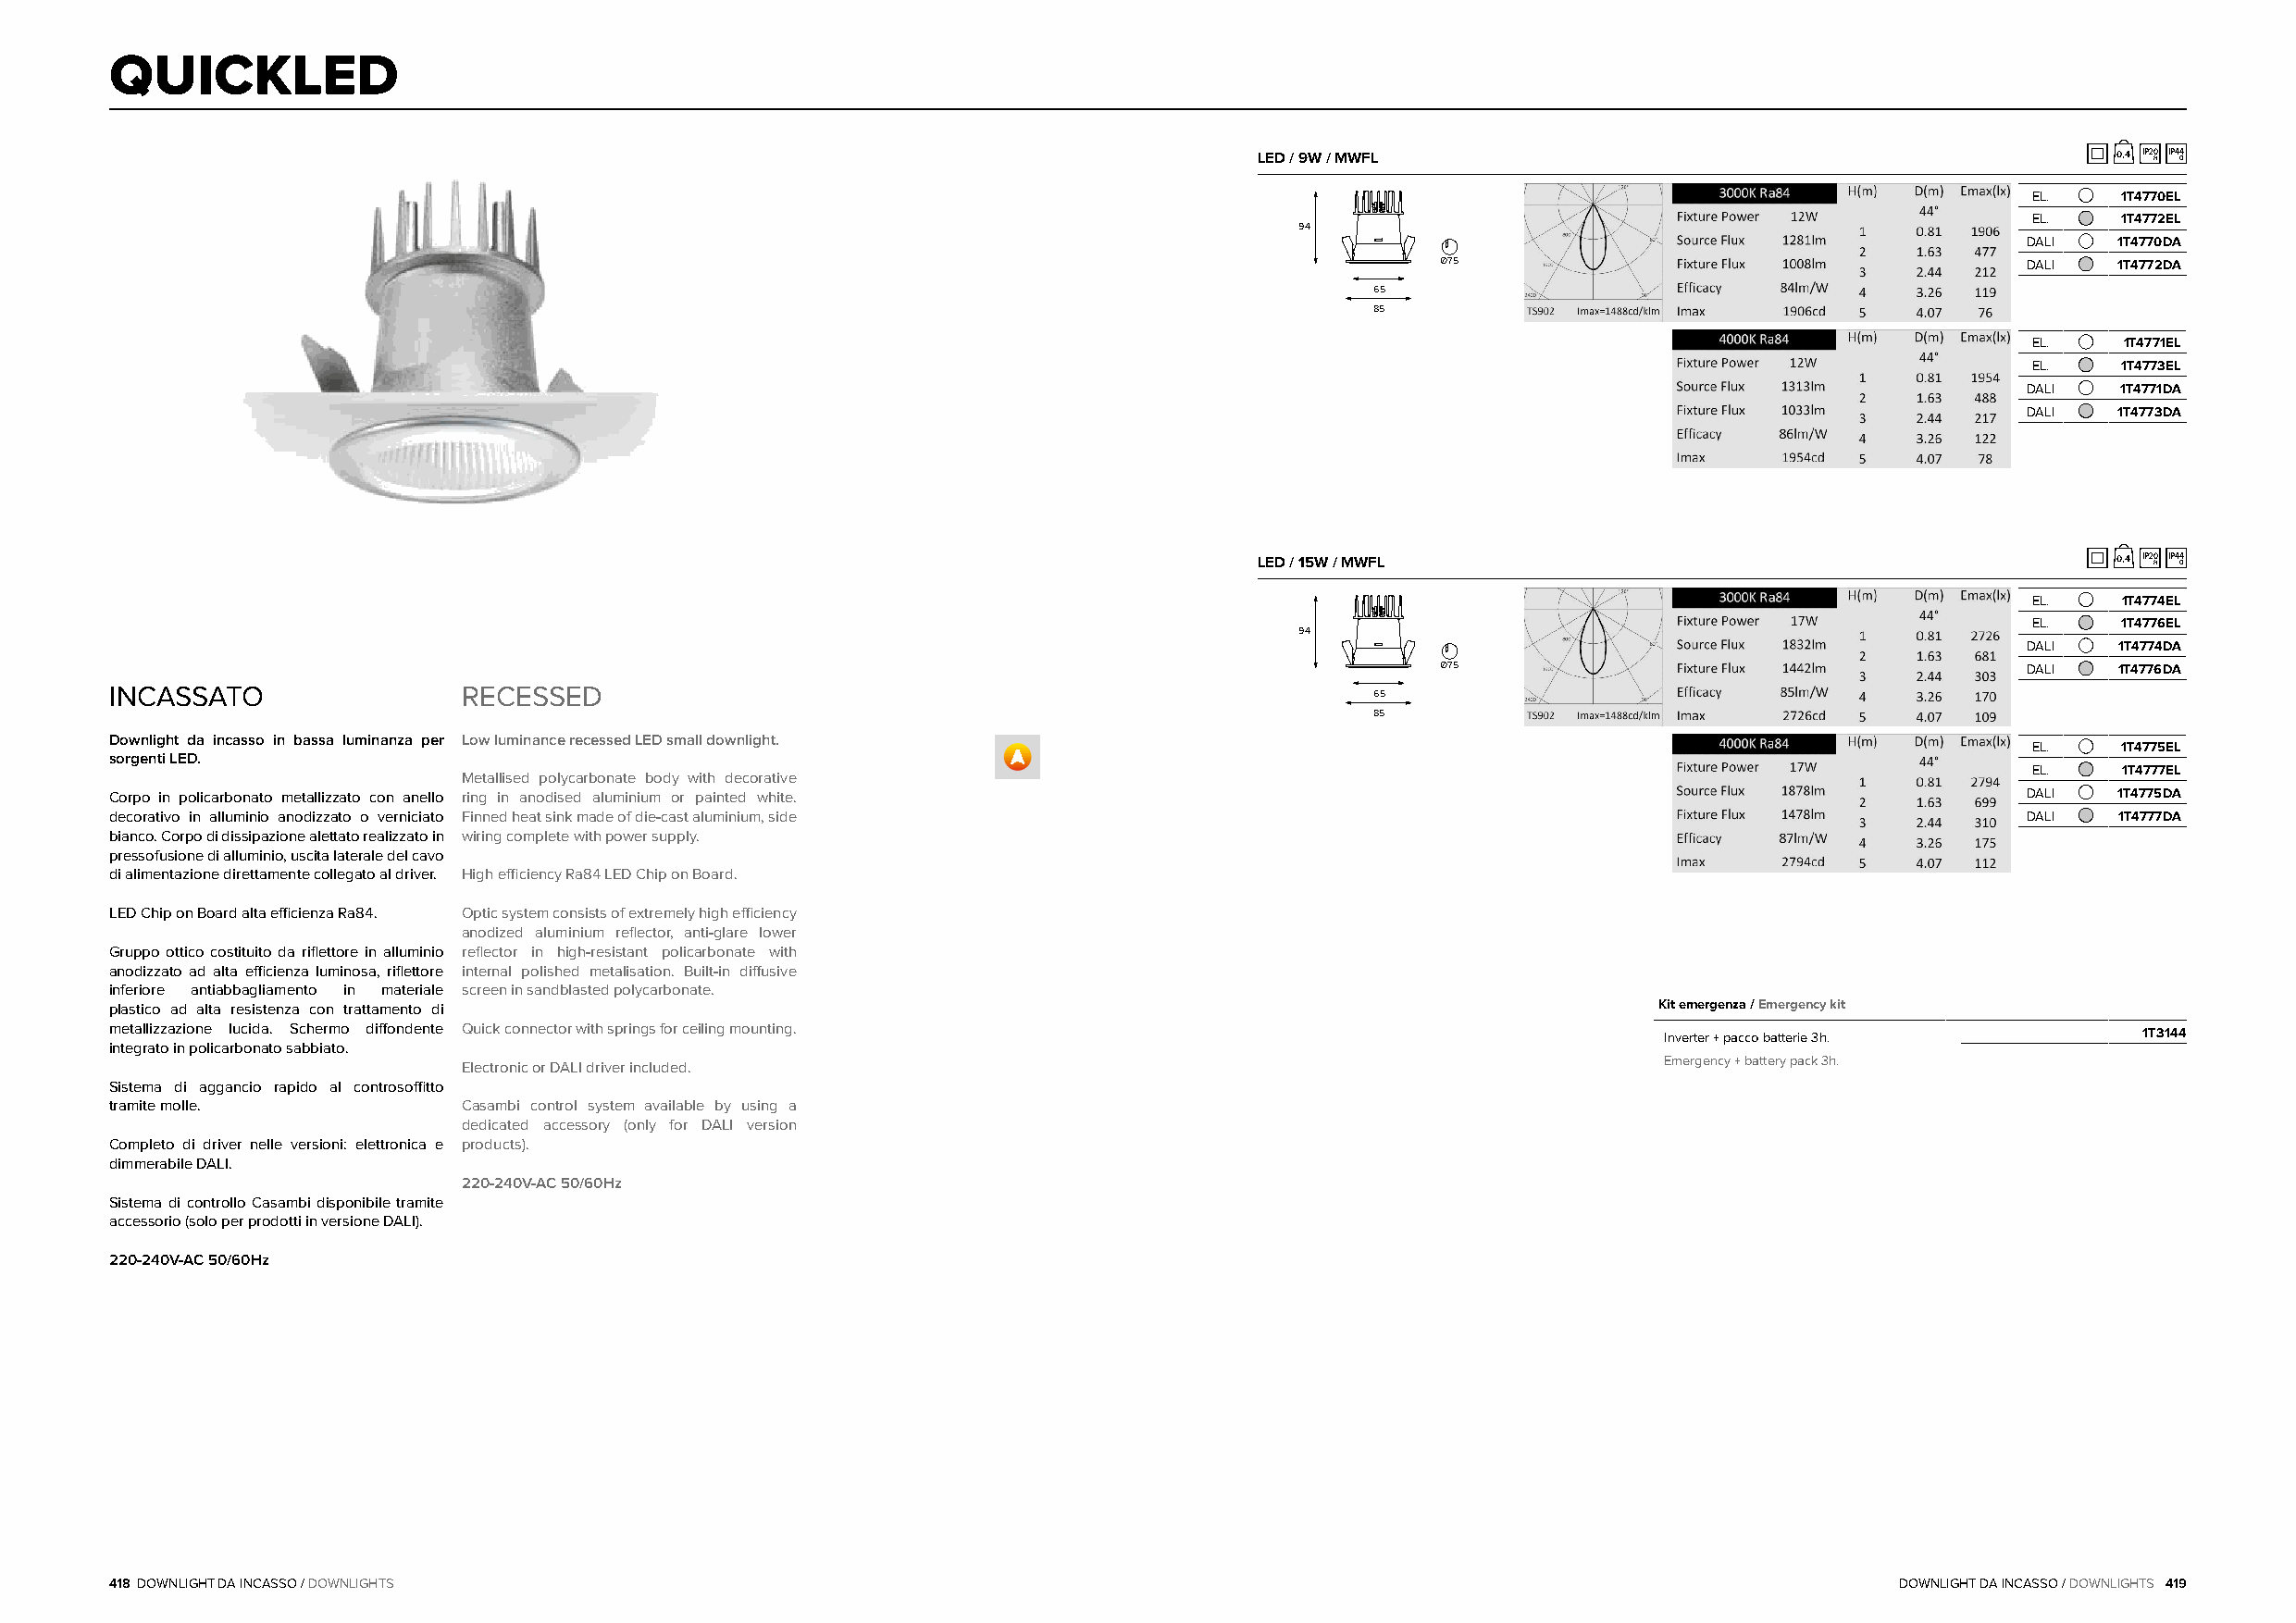
QUICKLED
 LED / 9W / MWFL                                              0,4 IP20 H IP44 O
 EL.    1T4770EL
 EL.    1T4772EL
 94
 DALI  1T4770DA
 Ø75                                       DALI  1T4772DA
 65
 85
 EL.    1T4771EL
 EL.    1T4773EL
 DALI   1T4771DA
 DALI  1T4773DA
 LED / 15W / MWFL                                             0,4 IP20 H IP44 O
 EL.    1T4774EL
 EL.    1T4776EL
 94
 DALI   1T4774DA
 Ø75                                       DALI  1T4776DA
 INCASSATO                RECESSED                                                         65
 85
 Downlight da incasso in bassa luminanza per Low luminance recessed LED small downlight.
 EL.    1T4775EL
 sorgenti LED.
 EL.    1T4777EL
 Metallised polycarbonate body with decorative
 Corpo in policarbonato metallizzato con anello ring in anodised aluminium or painted white.                                              DALI  1T4775DA
 decorativo in alluminio anodizzato o verniciato Finned heat sink made of die-cast aluminium, side                                        DALI   1T4777DA
 bianco. Corpo di dissipazione alettato realizzato in wiring complete with power supply.
 pressofusione di alluminio, uscita laterale del cavo
 di alimentazione direttamente collegato al driver. High efficiency Ra84 LED Chip on Board.
 LED Chip on Board alta efficienza Ra84. Optic system consists of extremely high efficiency
 anodized aluminium reflector, anti-glare lower
 Gruppo ottico costituito da riflettore in alluminio reflector in high-resistant policarbonate with
 anodizzato ad alta efficienza luminosa, riflettore internal polished metalisation. Built-in diffusive
 inferiore antiabbagliamento in materiale screen in sandblasted polycarbonate.
 plastico ad alta resistenza con trattamento di                                                                 Kit emergenza / Emergency kit
 metallizzazione lucida. Schermo diffondente Quick connector with springs for ceiling mounting.                 Inverter + pacco batterie 3h.     1T3144
 integrato in policarbonato sabbiato.
 Electronic or DALI driver included.                                                   Emergency + battery pack 3h.
 Sistema di aggancio rapido al controsoffitto
 tramite molle.           Casambi control system available by using a
 dedicated accessory (only for DALI version
 Completo di driver nelle versioni: elettronica e products).
 dimmerabile DALI.
 220-240V-AC 50/60Hz
 Sistema di controllo Casambi disponibile tramite
 accessorio (solo per prodotti in versione DALI).
 220-240V-AC 50/60Hz
 418 DOWNLIGHT DA INCASSO / DOWNLIGHTS                                                                                           DOWNLIGHT DA INCASSO / DOWNLIGHTS 419